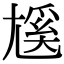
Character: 𡰄